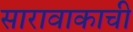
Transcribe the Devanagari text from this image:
सारावाकाची